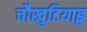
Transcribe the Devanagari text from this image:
चौखुटियाहृ